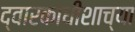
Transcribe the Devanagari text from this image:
द्वारकाधीशाच्या